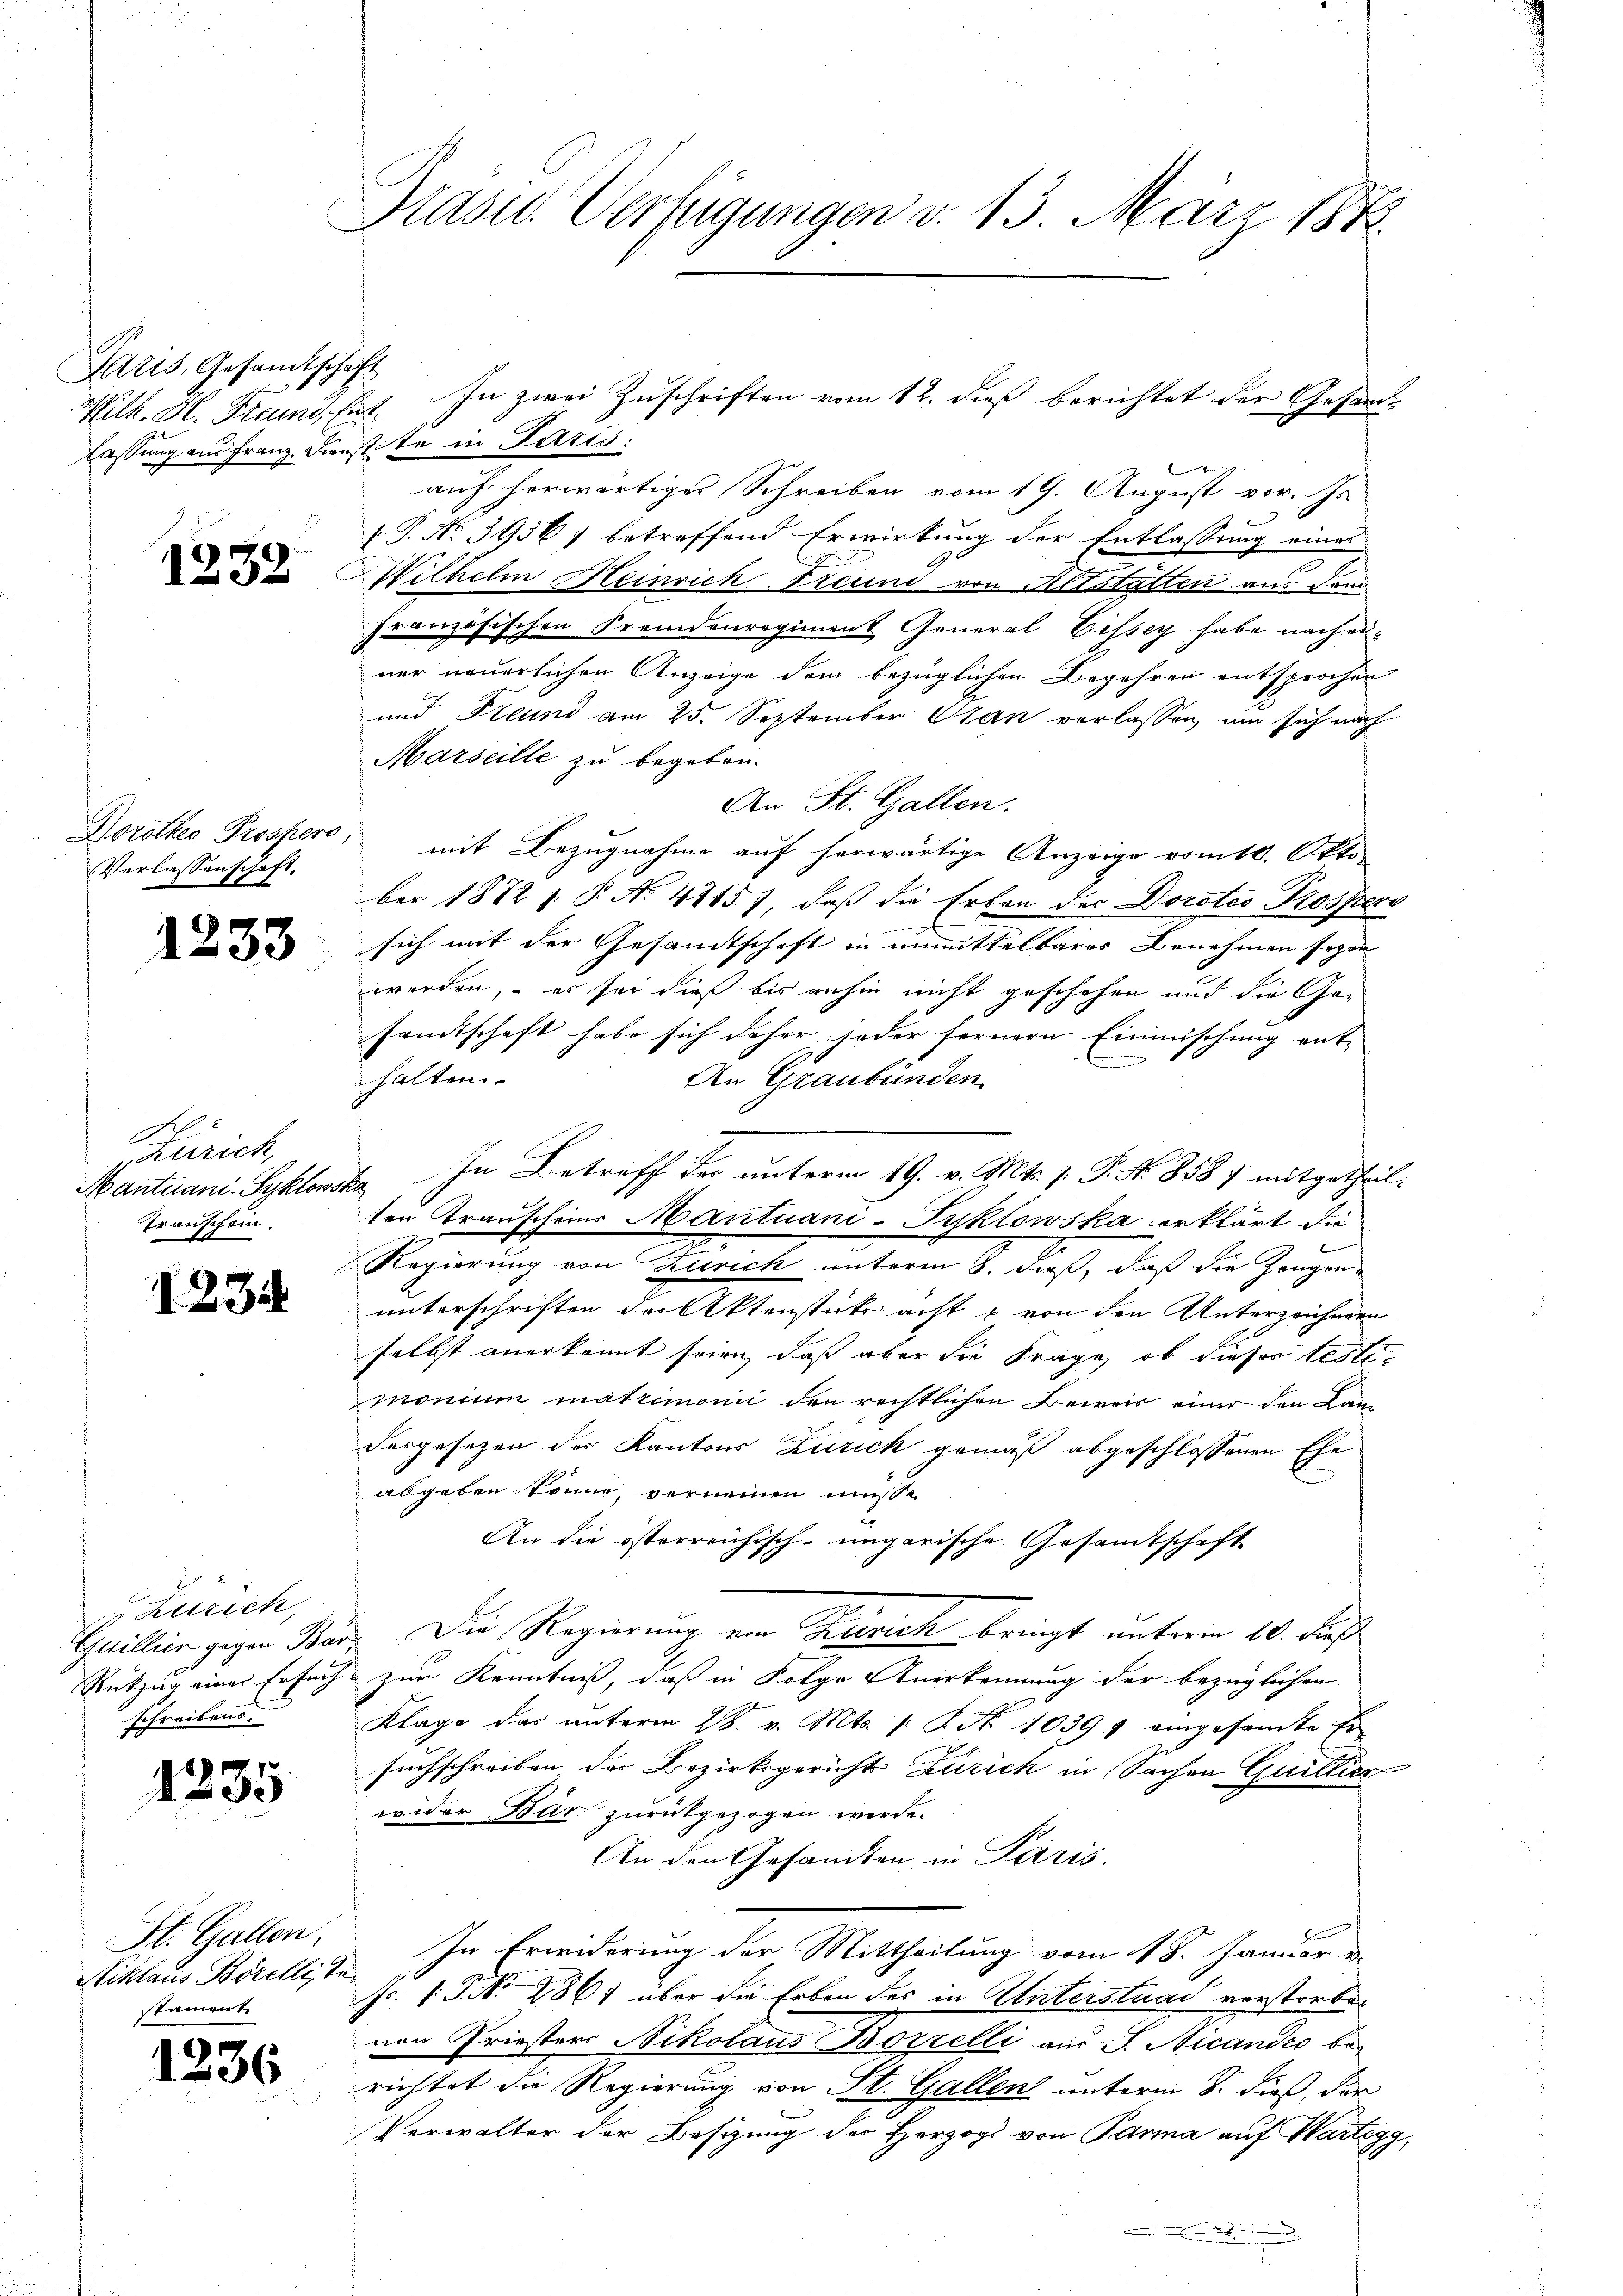
Paris, Gesandtschaft
Wilh. H. Freund, hat
lassung aus Franz. Dienstete in Paris.

1232.

Verlassenschaft.

1233

6
Zürich,
Transchein.

1234

Zürich,
Rükzug einer Erfung
schreibens¬

1235

St. Gallen.
Niklaus Borellist
stainent

1236

Präsid. Verfügungen v. 13. März 1873.

auf herwärtiges Schreiben vom 19. August vor. Js.
.
[T. No 3936) betreffend Erwirkung der Entlassung eines
Wilhelm einrich Freund von Altstatten aus dem
französischen Fremdenregiment General Cissey habe nach einer neuerlichen Anzeige dem bezüglichen Begehren entsprochen
und Freund am 25. September Oran verlassen, um sich nach
Marseille zu begeben.
An St. Gallen.
Dorothes Prospere, mit Bezugnahme auf herwärtige Anzeige vom 10. Okto
ber 1872 s. P. No. 41157, daß die Erben der Dorotes Prospers
sich mit der Gesandtschaft in unmittelbares Benehmen seyen
werden, – es sei dieß bis anhin nicht geschehen und die Gesamtschaft habe sich daher jeder fernern Einmischung ent- |
halten
An Graubünden.
Mantuani. Syklonste. In Betreff der unterm 19. v. Mts. s. S. N. 858) mitgetheilten Transcheins Mantuani-Tyklowska erklärt die
Regierung von Zürich unterm 8. dieß, daß die Zeugenunterschriften der Aktenstücke acht u von den Unterzeichnen
selbst anerkannt seien, daß aber die Frage, ob dieser testemonium matrimonii den rechtlichen Beweis einer den Landesgesetzen der Kantons Zürich gemäß abgeschlossenen Ehe
abgeben könne, verneinen müsse.
An die österreichisch-ungarische Gesamtschaft
Guillier gegen Bar. Die Regierung von Zusich bringt unterm 10. dieß
2 zum Kenntniß, daß in Folge Anerkennung der bezüglichen
Klage das ŭnterm 28. v. Mts. /: P. Nr. 1039 eingesamte Er-
suchschreiben der Bezirksgericht Zürich in Sachen Guillier
wider Bur zurückgezogen werde.
An den Gesandten in Paris.
In Erwiderung der Mittheilung vom 18. Januar
Fr. 1. P. Nr. 1861 über die Erben des in Unterstand verstorbevon Priesters Nikolaus Borzelli aus S. Nicandio berichtet die Regierung von St. Gallen unterm 8. dieß, der
Verwalter der Besizung des Herzogs von Parma auf Wartegg,
t

In zwei Zuschriften vom 12. dieß berichtet der Gesand¬